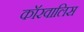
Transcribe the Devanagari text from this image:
कॉरवालिस